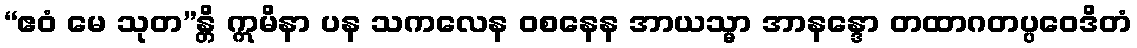
“ဧဝံ မေ သုတ”န္တိ ဣမိနာ ပန သကလေန ဝစနေန အာယသ္မာ အာနန္ဒော တထာဂတပ္ပဝေဒိတံ